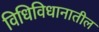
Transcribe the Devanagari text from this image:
विधिविधानातील